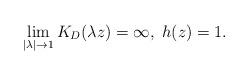
LaTeX: \begin{align*}\lim_{|\lambda|\to 1}K_D(\lambda z)=\infty,\; h(z)=1.\end{align*}